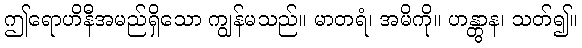
ဤရောဟိနီအမည်ရှိသော ကျွန်မသည်။ မာတရံ၊ အမိကို။ ဟန္တွာန၊ သတ်၍။